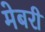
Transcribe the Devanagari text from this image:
मेबरी